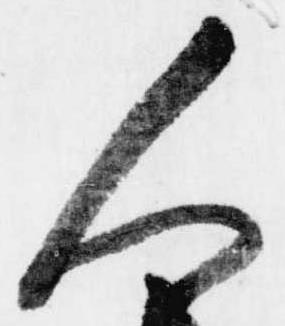
人